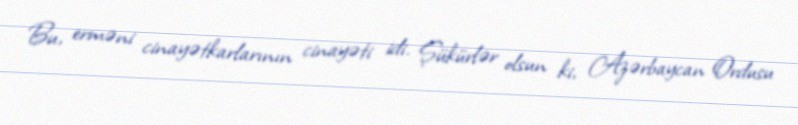
Bu, erməni cinayətkarlarının cinayəti idi. Şükürlər olsun ki, Azərbaycan Ordusu